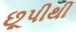
છૂપીથી